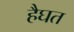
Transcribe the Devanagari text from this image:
हैघत